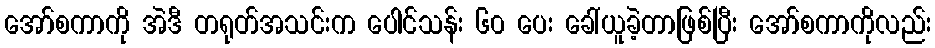
အော်စကာကို အဲဒီ တရုတ်အသင်းက ပေါင်သန်း ၆၀ ပေး ခေါ်ယူခဲ့တာဖြစ်ပြီး အော်စကာကိုလည်း